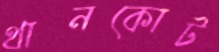
থানকোট